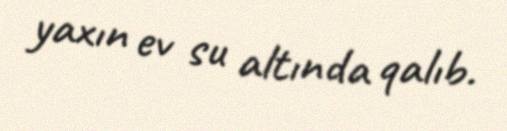
yaxın ev su altında qalıb.